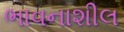
ભાવનાશીલ